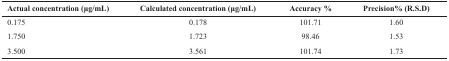
| Actual concentration (μg/mL) | Calculated concentration (μg/mL) | Accuracy % | Precision% (R.S.D) |
 | --- | --- | --- | --- |
 | 0.175 | 0.178 | 101.71 | 1.60 |
 | 1.750 | 1.723 | 98.46 | 1.53 |
 | 3.500 | 3.561 | 101.74 | 1.73 |